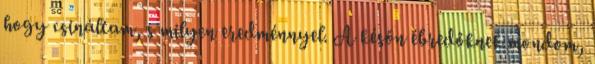
hogy csináltam, s milyen eredménnyel. A későn ébredőknek mondom,